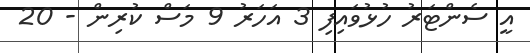
އީ ސެންޓަރު ހުޅުވައިފި 3 އަހަރު 9 މަސް ކުރިން - 20